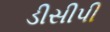
ડીસીપી